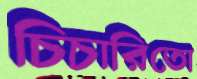
চিচারিতো